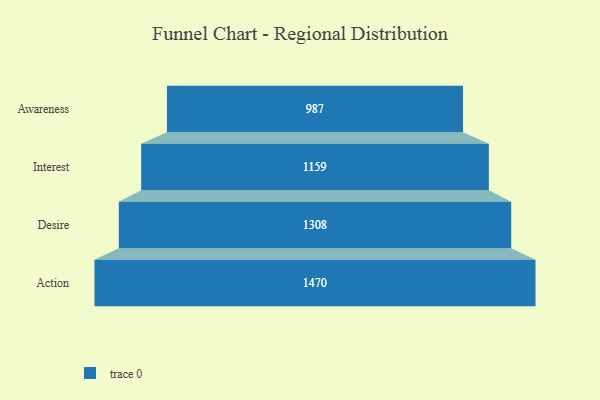
{"axis": {"x": "Stage", "y": "Value"}, "legend": [""], "data": [{"x": "Awareness", "y": 987.0, "type": ""}, {"x": "Interest", "y": 1159.0, "type": ""}, {"x": "Desire", "y": 1308.0, "type": ""}, {"x": "Action", "y": 1470.0, "type": ""}]}